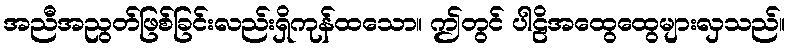
အညီအညွတ်ဖြစ်ခြင်းလည်းရှိကုန်ထသော။ ဤတွင် ပါဠိအထွေထွေများလှသည်။